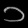
Digit: ၁